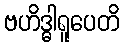
ဗဟိဒ္ဓါရူပေတိ